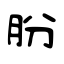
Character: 朌